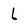
Character: l